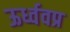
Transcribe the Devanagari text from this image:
ऊर्ध्ववप्र